Report on vaccination in Madras 1895-1903 - 1895-1903
Year: 1895
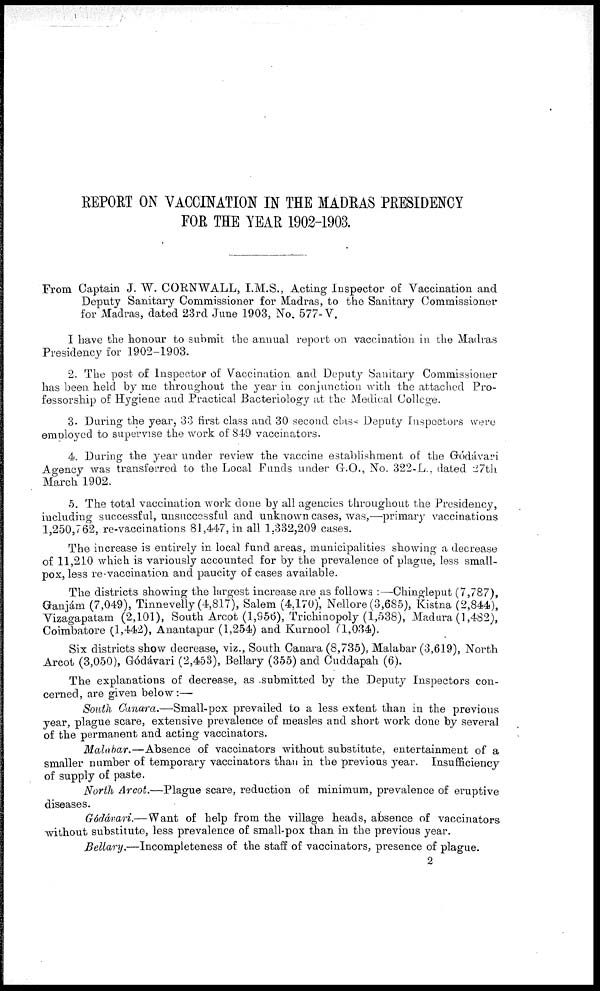
REPORT ON VACCINATION IN THE MADRAS PRESIDENCY
FOR THE YEAR 1902-1903.
From Captain J. W. CORNWALL, I.M.S., Acting Inspector of Vaccination and
Deputy Sanitary Commissioner for Madras, to the Sanitary Commissioner
for Madras, dated 23rd June 1903, No. 577-V.
I have the honour to submit the annual report on vaccination in the Madras
Presidency for 1902-1903.
2. The post of Inspector of Vaccination and Deputy Sanitary Commissioner
has been held by me throughout the year in conjunction with the attached Pro-
fessorship of Hygiene and Practical Bacteriology at the Medical College.
3. During the year, 33 first class and 30 second class Deputy Inspectors were
employed to supervise the work of 849 vaccinators.
4. During the year under review the vaccine establishment of the Gódávari
Agency was transferred to the Local Funds under G.O., No. 322-L., dated 27th
March 1902.
5. The total vaccination work done by all agencies throughout the Presidency,
including successful, unsuccessful and unknown cases, was,—primary vaccinations
1,250,762, re-vaccinations 81,447, in all 1,332,209 cases.
The increase is entirely in local fund areas, municipalities showing a decrease
of 11,210 which is variously accounted for by the prevalence of plague, less small-
pox, less re-vaccination and paucity of cases available.
The districts showing the largest increase are as follows :—Chingleput (7,787),
Ganjám (7,049), Tinnevelly (4,817), Salem (4,170), Nellore (3,685), Kistna (2,844),
Vizagapatam (2,101), South Arcot (1,956), Trichinopoly (1,538), Madura (1,482),
Coimbatore (1,442), Anantapur (1,254) and Kurnool (1,034).
Six districts show decrease, viz., South Canara (8,735), Malabar (3,619), North
Arcot (3,050), Gódávari (2,453), Bellary (355) and Cuddapah (6).
The explanations of decrease, as submitted by the Deputy Inspectors con-
cerned, are given below:—
South Canara.—Small-pox prevailed to a less extent than in the previous
year, plague scare, extensive prevalence of measles and short work done by several
of the permanent and acting vaccinators.
Malabar.—Absence of vaccinators without substitute, entertainment of a
smaller number of temporary vaccinators than in the previous year. Insufficiency
of supply of paste.
North Arcot.—Plague scare, reduction of minimum, prevalence of eruptive
diseases.
Gódávari.—Want of help from the village heads, absence of vaccinators
without substitute, less prevalence of small-pox than in the previous year.
Bellary.—Incompleteness of the staff of vaccinators, presence of plague.
2